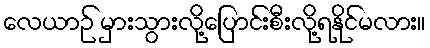
လေယာဉ် မှားသွားလို့ပြောင်းစီးလို့ရနိုင်မလား။